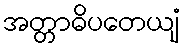
အတ္တာဓိပတေယျံ